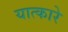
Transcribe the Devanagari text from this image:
यात्कारे